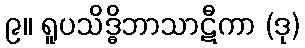
၉။ ရူပသိဒ္ဓိဘာသာဋီကာ (ဒု)